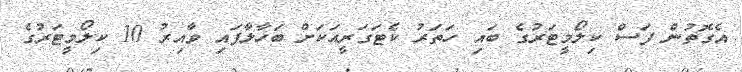
އެގޮތުން ފަސް ކިލޯމީޓަރުގެ ބައި ހަތަރު ކެޓަގަރީއަކަށް ބަހާލާފައި ވާއިރު 10 ކިލޯމީޓަރުގެ